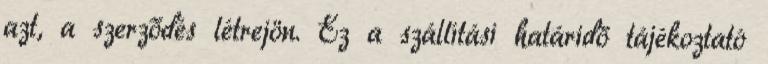
azt, a szerződés létrejön. Ez a szállítási határidő tájékoztató